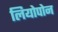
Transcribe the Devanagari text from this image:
लियोपोन